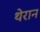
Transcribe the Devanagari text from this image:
थेरान